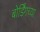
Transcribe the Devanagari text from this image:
बोर्डिंगच्या